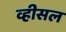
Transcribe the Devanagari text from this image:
व्हीसल